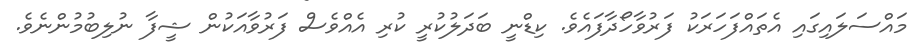
މައްސަލައިގައި އެތައްފަހަރަކު ފަރުވާހޯދާފައެވެ. ކިޑްނީ ބަދަލުކުރީ ކުރި އެއްވެސް ފަރުވާއަކުން ޝީފާ ނުލިބުމުންނެވެ.